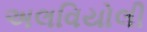
અલવિયોલી